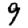
Digit: 9